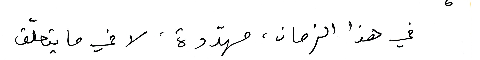
في هذا الزمان، مهدّدة، لا في ما يتعلّق